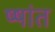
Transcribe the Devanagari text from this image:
ष्षांत